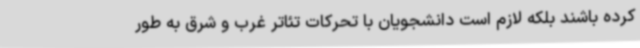
کرده باشند بلکه لازم است دانشجویان با تحرکات تئاتر غرب و شرق به طور